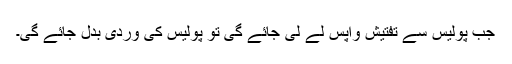
جب پولیس سے تفتیش واپس لے لی جائے گی تو پولیس کی وردی بدل جائے گی۔